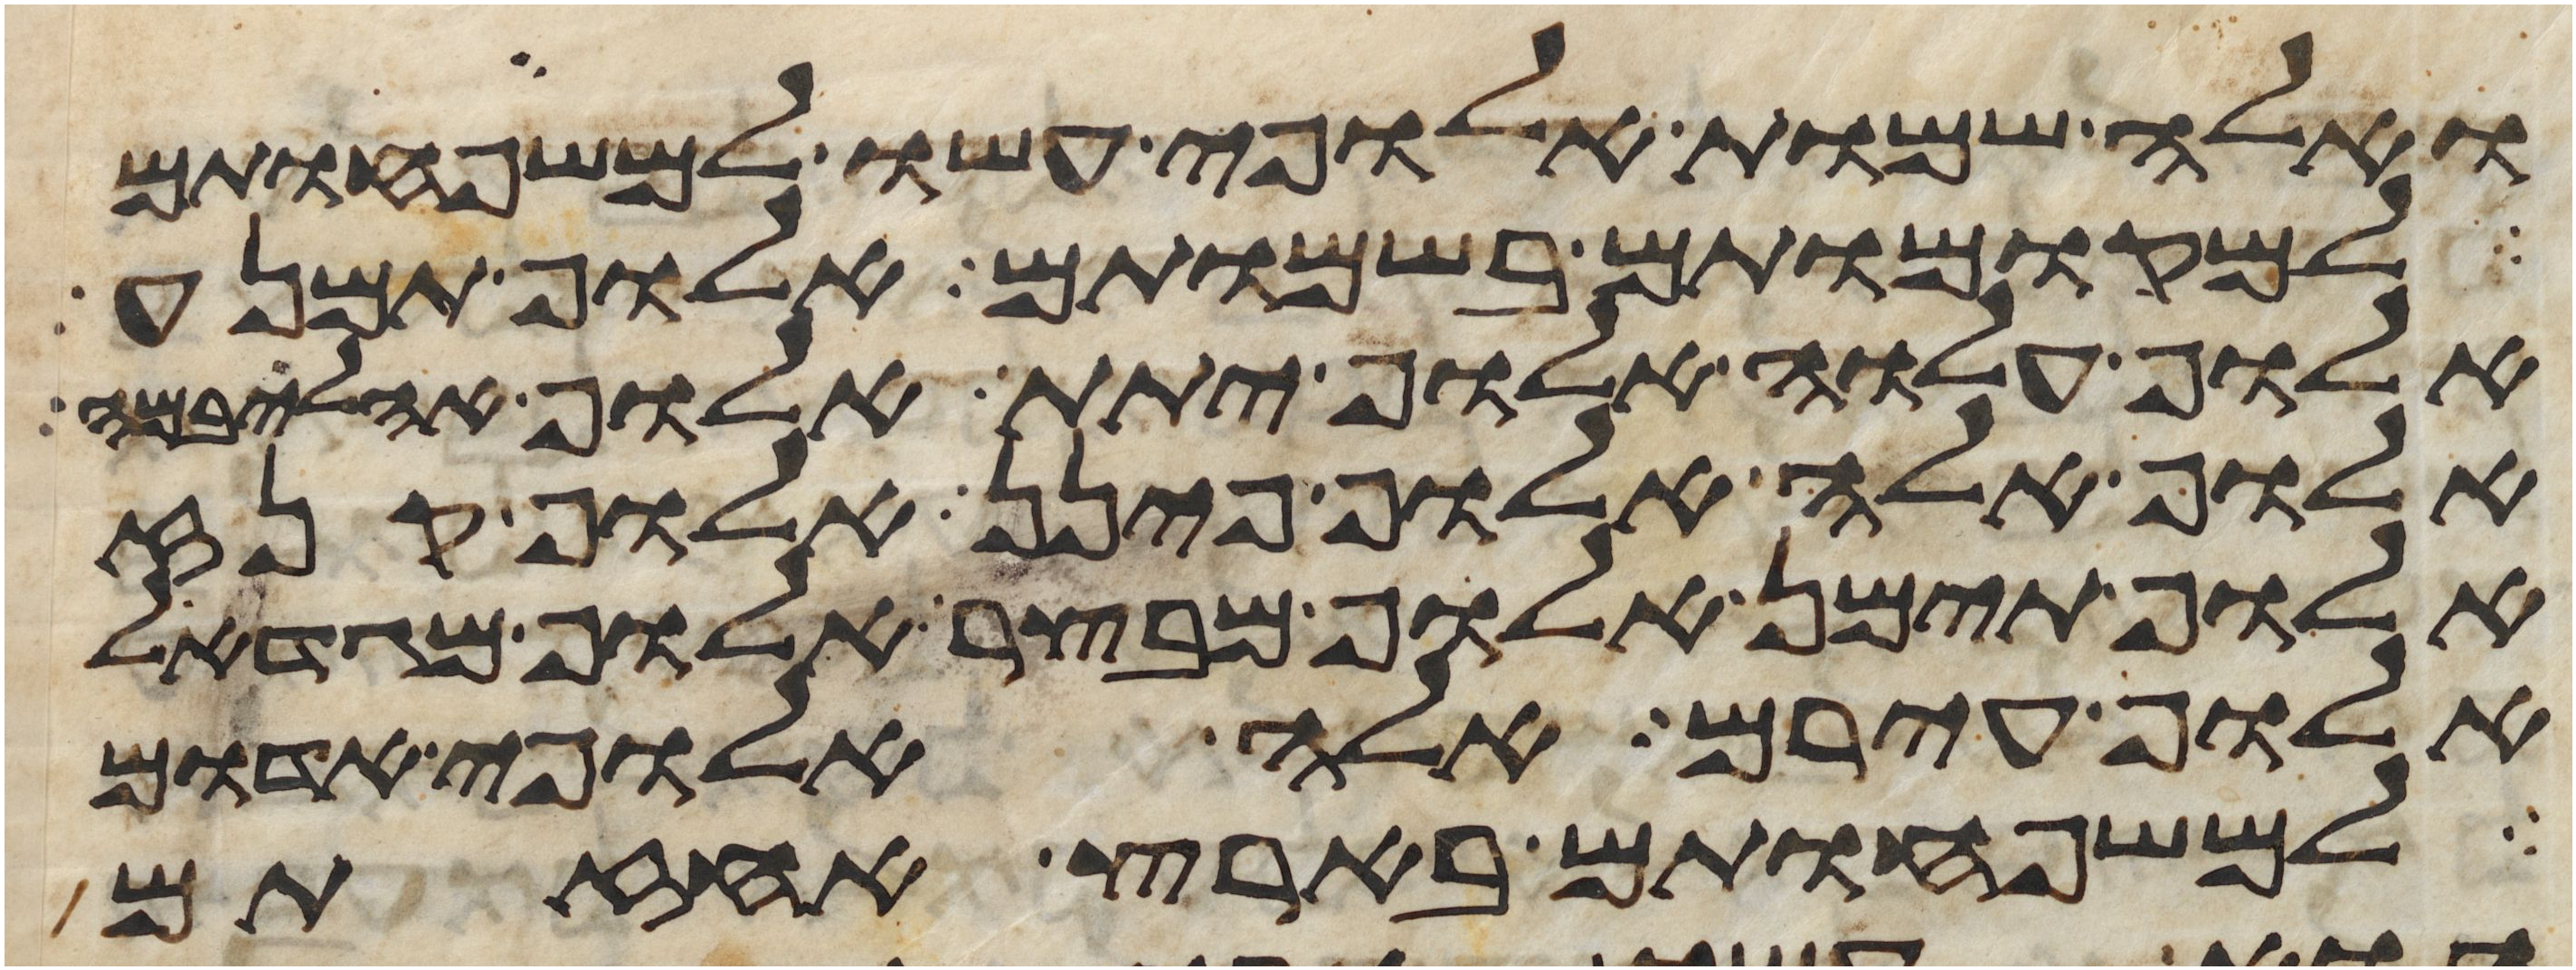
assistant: ואלה שמות אלופי עשו למשפחותם
למקומותם בשמותם אלוף תמנע
אלוף עלוה אלוף יתת אלוף אהליבמה
אלוף אלה אלוף פינן אלוף קנז
אלוף תימן אלוף מבצר אלוף מגדאל
אלוף עירם אלה אלופי אדום
למשפחותם בארץ אחזתם